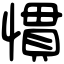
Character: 慣